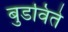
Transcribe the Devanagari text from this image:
बुडविते